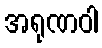
အရုဏဝါ